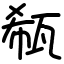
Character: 瓻